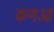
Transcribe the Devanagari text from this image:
कणओ